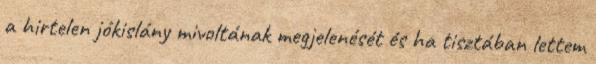
a hirtelen jókislány mivoltának megjelenését és ha tisztában lettem